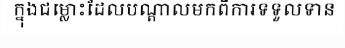
ក្នុងជម្លោះដែលបណ្តាលមកពីការទទួលទាន